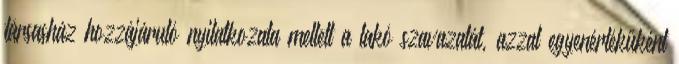
társasház hozzájáruló nyilatkozata mellett a lakó szavazatát, azzal egyenértékűként